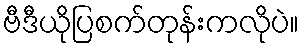
ဗီဒီယိုပြစက်တုန်းကလိုပဲ။